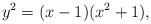
LaTeX: \begin{align*}y^2 = (x-1)(x^2+1),\end{align*}